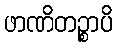
ဖာဏိတဉ္စာပိ